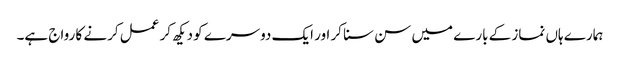
ہمارے ہاں نماز کے بارے میں سن سنا کر اور ایک دوسرے کو دیکھ کر عمل کرنے کا رواج ہے۔